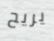
يريح